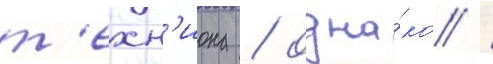
т'ехн'иона / одна́ко /